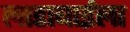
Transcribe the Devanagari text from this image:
लाडाबाईला